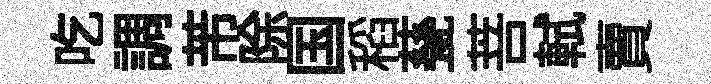
吃調芾除国稻甆菩軾賣